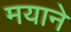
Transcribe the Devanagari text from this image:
मयाने